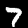
Label: 7